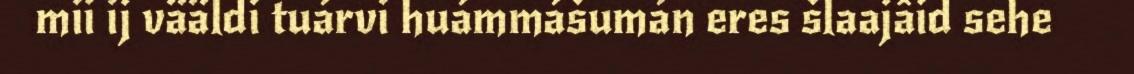
mii ij vääldi tuárvi huámmášumán eres šlaajâid sehe